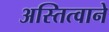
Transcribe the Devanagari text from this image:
अस्तित्‍वाने